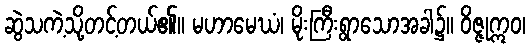
ဆွဲသကဲ့သို့တင့်တယ်၏။ မဟာမေဃံ၊ မိုးကြီးရွာသောအခါ၌။ ဝိဇ္ဇုဣဝ၊